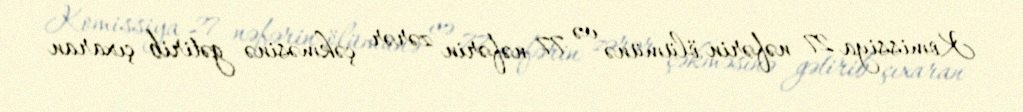
Komissiya 27 nəfərin ölümünə və 77 nəfərin zərər çəkməsinə gətirib çıxaran